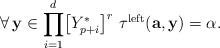
\begin{align*}\forall\,\mathbf{y}\in\displaystyle{\prod_{i=1}^{d}}\big{[}Y_{p+i}^{*}\big{]}^{r}\,\,\tau^{\mathrm{left}}(\mathbf{a},\mathbf{y})=\alpha.\end{align*}